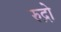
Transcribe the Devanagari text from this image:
रुद्रो